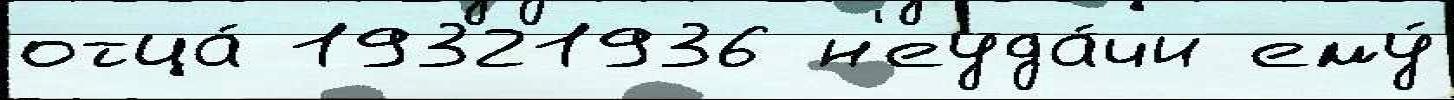
отца́ 19321936 н'еуда́чи ему́